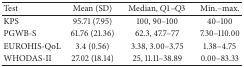
| Test | Mean (SD) | Median, Q1–Q3 | Min.–max. |
 | --- | --- | --- | --- |
 | KPS | 95.71 (7.95) | 100, 90–100 | 40–100 |
 | PGWB-S | 61.76 (21.36) | 62.3, 47.7–77 | 7.30–110.00 |
 | EUROHIS-QoL | 3.4 (0.56) | 3.38, 3.00–3.75 | 1.38–4.75 |
 | WHODAS-II | 27.02 (18.14) | 25, 11.11–38.89 | 0.00–83.33 |